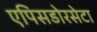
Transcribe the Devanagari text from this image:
एपिसडोरसेटा